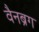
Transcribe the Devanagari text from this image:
वैनब्रग